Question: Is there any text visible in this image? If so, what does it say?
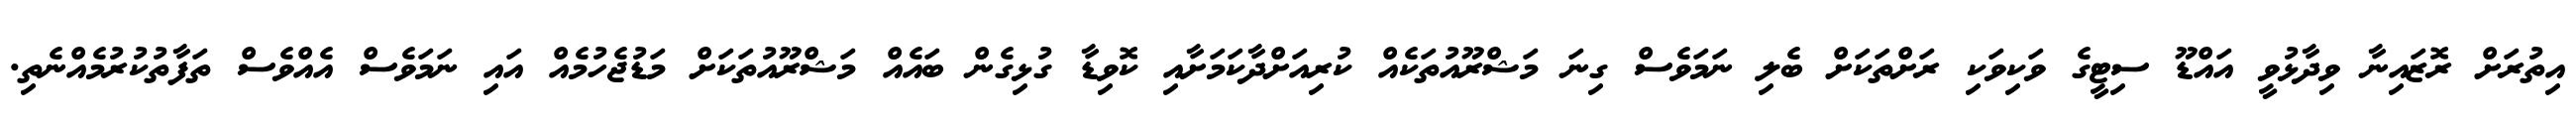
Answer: އިތުރަށް ރޮޒައިނާ ވިދާޅުވީ އައްޑޫ ސިޓީގެ ވަކިވަކި ރަށްތަކަށް ބެލި ނަމަވެސް ގިނަ މަޝްރޫއުތަކެއް ކުރިއަށްދާކަމަށާއި ކޮވިޑާ ގުޅިގެން ބައެއް މަޝްރޫއުތަކަށް މަޑުޖެހުމެއް އައި ނަމަވެސް އެއްވެސް ތަފާތުކުރުމެއްނެތި.